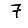
Digit: 7